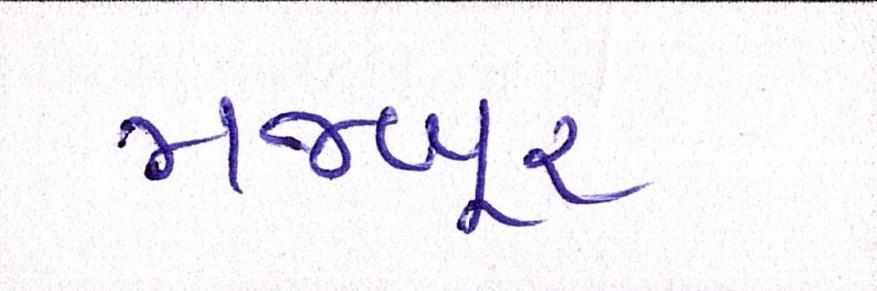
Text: મજબૂર